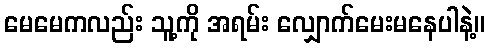
မေမေကလည်း သူ့ကို အရမ်း လျှောက်မေးမနေပါနဲ့။